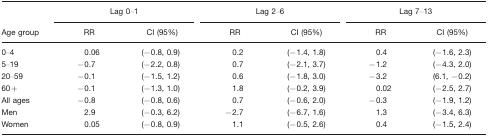
<table><thead><tr><td></td><td colspan="2"><b>Lag 0–1</b></td><td colspan="2"><b>Lag 2–6</b></td><td colspan="2"><b>Lag 7–13</b></td></tr><tr><td><b>Age group</b></td><td><b>RR</b></td><td><b>CI (95%)</b></td><td><b>RR</b></td><td><b>CI (95%)</b></td><td><b>RR</b></td><td><b>CI (95%)</b></td></tr></thead><tbody><tr><td>0–4</td><td>0.06</td><td>(−0.8, 0.9)</td><td>0.2</td><td>(−1.4, 1.8)</td><td>0.4</td><td>(−1.6, 2.3)</td></tr><tr><td>5–19</td><td>−0.7</td><td>(−2.2, 0.8)</td><td>0.7</td><td>(−2.1, 3.7)</td><td>−1.2</td><td>(−4.3, 2.0)</td></tr><tr><td>20–59</td><td>−0.1</td><td>(−1.5, 1.2)</td><td>0.6</td><td>(−1.8, 3.0)</td><td>−3.2</td><td>(6.1, −0.2)</td></tr><tr><td>60+</td><td>−0.1</td><td>(−1.3, 1.0)</td><td>1.8</td><td>(−0.2, 3.9)</td><td>0.02</td><td>(−2.5, 2.7)</td></tr><tr><td>All ages</td><td>−0.8</td><td>(−0.8, 0.6)</td><td>0.7</td><td>(−0.6, 2.0)</td><td>−0.3</td><td>(−1.9, 1.2)</td></tr><tr><td>Men</td><td>2.9</td><td>(−0.3, 6.2)</td><td>−2.7</td><td>(−6.7, 1.6)</td><td>1.3</td><td>(−3.4, 6.3)</td></tr><tr><td>Women</td><td>0.05</td><td>(−0.8, 0.9)</td><td>1.1</td><td>(−0.5, 2.6)</td><td>0.4</td><td>(−1.5, 2.4)</td></tr></tbody></table>